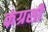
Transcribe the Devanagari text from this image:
कंग्रसी